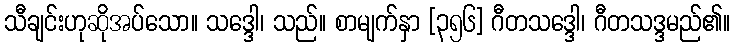
သီချင်းဟုဆိုအပ်သော။ သဒ္ဒေါ၊ သည်။ စာမျက်နှာ [၃၅၆] ဂီတသဒ္ဒေါ၊ ဂီတသဒ္ဒမည်၏။